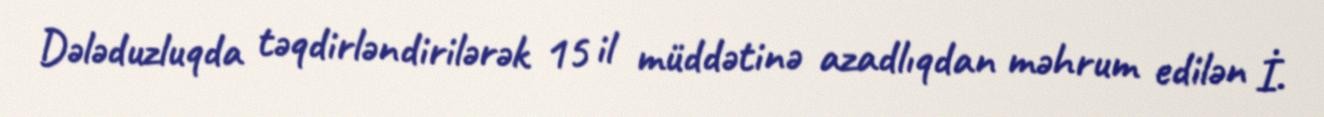
Dələduzluqda təqdirləndirilərək 15 il müddətinə azadlıqdan məhrum edilən İ.